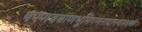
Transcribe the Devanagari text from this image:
षण्णवबाणभूमिगणनादानन्दसंवत्सरे